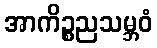
အာကိဉ္စညသမ္ဘဝံ